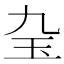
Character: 𤣬